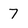
Character: 7